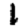
Digit: 1